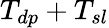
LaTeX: T_{dp}+T_{sl}